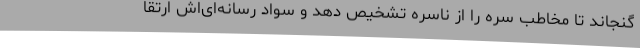
گنجاند تا مخاطب سره را از ناسره تشخیص دهد و سواد رسانه‌ای‌اش ارتقا